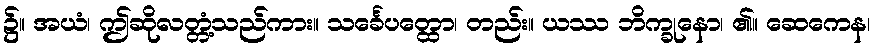
၌။ အယံ၊ ဤဆိုလတ္တံ့သည်ကား။ သင်္ခေပတ္ထော၊ တည်း။ ယဿ ဘိက္ခုနော၊ ၏။ ဆေကေန၊